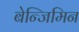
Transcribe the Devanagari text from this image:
बेन्जिमिन